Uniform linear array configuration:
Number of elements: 12
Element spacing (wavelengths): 0.5
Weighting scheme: kaiser
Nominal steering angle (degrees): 0
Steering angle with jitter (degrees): -0.4417
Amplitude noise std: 0.05
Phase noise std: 0.05

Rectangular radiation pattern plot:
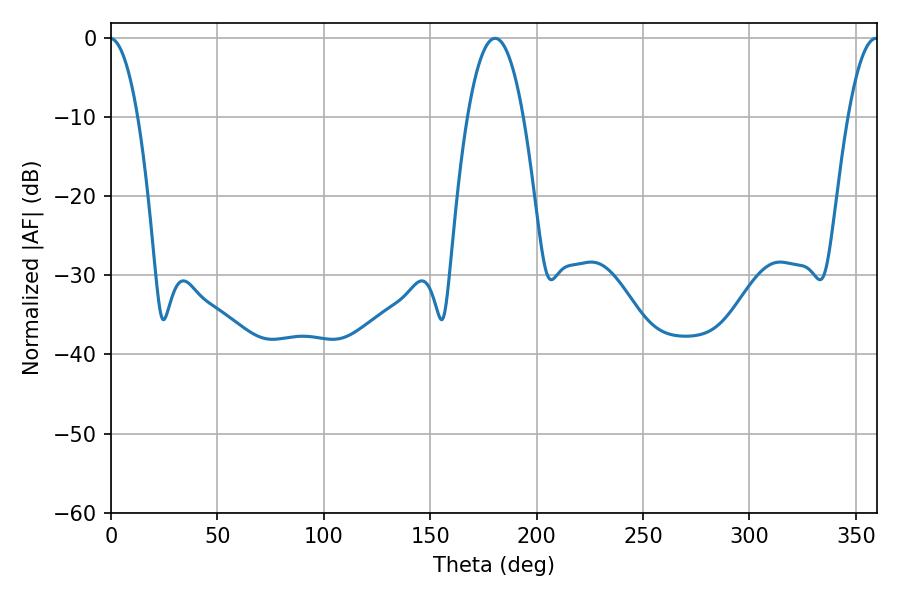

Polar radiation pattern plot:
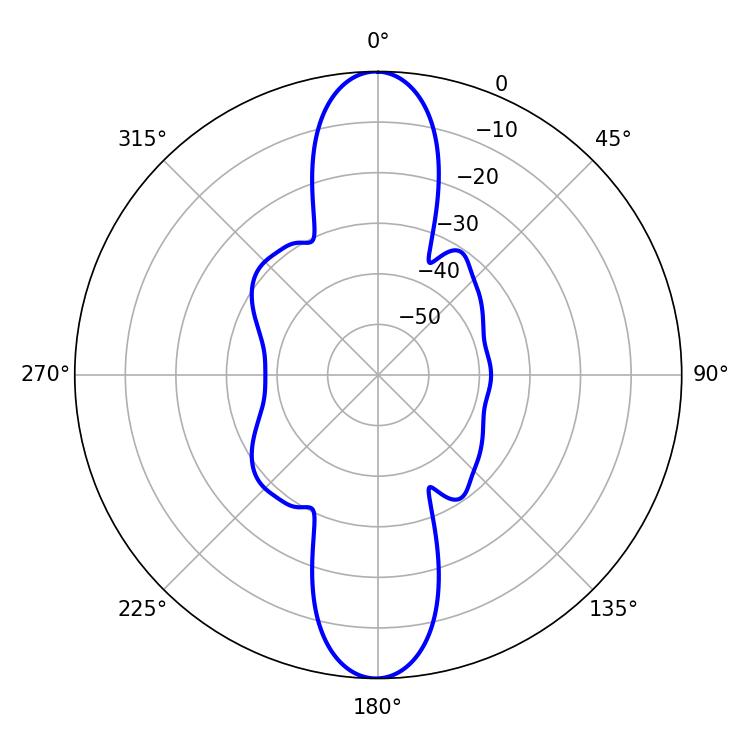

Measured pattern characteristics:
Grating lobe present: FALSE
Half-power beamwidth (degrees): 7.74
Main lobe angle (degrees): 359.46